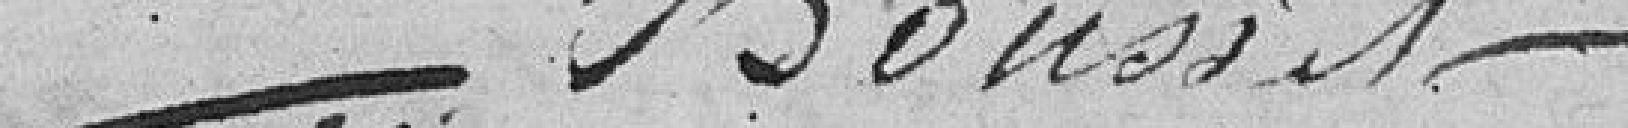
Housset